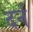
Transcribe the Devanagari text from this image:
दर्न